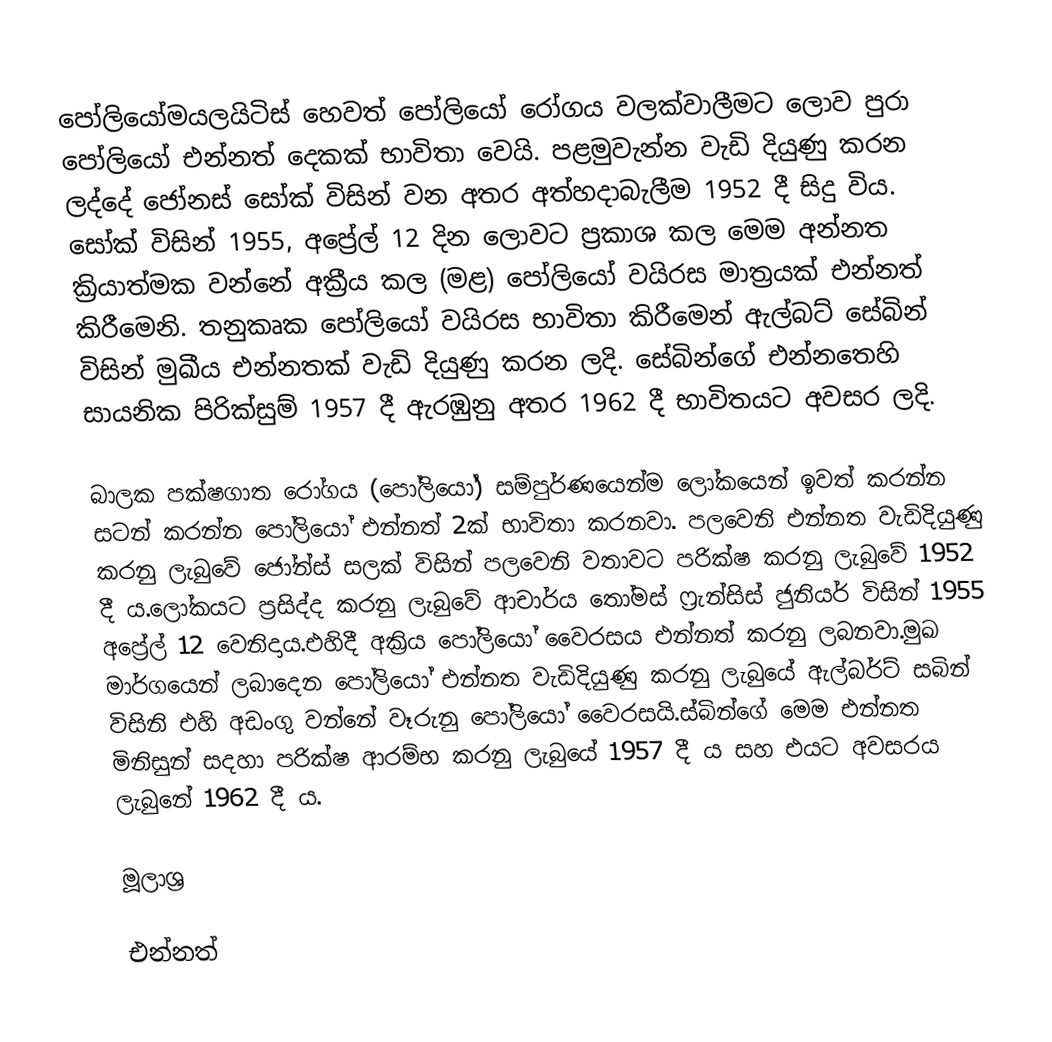
පෝලියෝමයලයිටිස් හෙවත් පෝලියෝ  රෝගය වලක්වාලීමට ලොව පුරා පෝලියෝ එන්නත් දෙකක් භාවිතා වෙයි. පළමුවැන්න වැඩි දියුණු කරන ලද්දේ ජෝනස් සෝක් විසින් වන අතර අත්හදාබැලීම 1952 දී සිදු විය. සෝක් විසින් 1955, අප්‍රේල් 12 දින ලොවට ප්‍රකාශ කල මෙම අන්නත ක්‍රියාත්මක වන්නේ අක්‍රීය කල (මළ)  පෝලියෝ වයිරස මාත්‍රයක් එන්නත් කිරීමෙනි. තනුකෘක පෝලියෝ වයිරස භාවිතා කිරීමෙන් ඇල්බට් සේබින් විසින් මුඛීය එන්නතක් වැඩි දියුණු කරන ලදි.  සේබින්ගේ එන්නතෙහි සායනික පිරික්සුම් 1957 දී ඇරඹුනු අතර 1962 දී භාවිතයට අවසර ලදි.

බාලක පක්ෂගාත රෝගය (පෝලියෝ) සම්පුර්ණයෙන්ම ලෝකයෙන් ඉවත් කරන්න සටන් කරන්න පෝලියෝ එන්නත් 2ක් භාවිතා කරනවා. පලවෙනි එන්නත වැඩිදියුණු කරනු ලැබුවේ ජෝන්ස් සලක් විසින් පලවෙනි වතාවට පරික්ෂ කරනු ලැබුවේ 1952 දී ය.ලෝකයට ප්‍රසිද්ද කරනු ලැබුවේ ආචාර්ය තෝමස් ෆ්‍රැන්සිස් ජුනියර් විසින් 1955 අප්‍රේල් 12 වෙනිදාය.එහිදී අක්‍රිය පෝලියෝ වෛරසය එන්නත් කරනු ලබනවා.මුඛ මාර්ගයෙන් ලබාදෙන පෝලියෝ එන්නත වැඩිදියුණු කරනු ලැබුයේ ඇල්බර්ට් සබින් විසිනි එහි අඩංගු වන්නේ වෑරුනු පෝලියෝ වෛරසයි.ස්බින්ගේ මෙම එන්නත මිනිසුන් සදහා පරික්ෂ ආරම්භ කරනු ලැබුයේ 1957 දී ය සහ එයට අවසරය ලැබුනේ 1962 දී ය.

මූලාශ්‍ර

එන්නත්